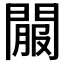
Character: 𨵟